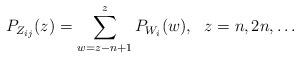
LaTeX: \begin{align*}P_{Z_{ij}}(z) &= \sum_{w=z-n+1}^{z} P_{W_i}(w) , \ \ z=n,2n,\ldots \end{align*}